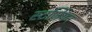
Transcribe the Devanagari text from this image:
स्टर्जियन